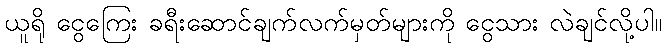
ယူရို ငွေကြေး ခရီးဆောင်ချက်လက်မှတ်များကို ငွေသား လဲချင်လို့ပါ။